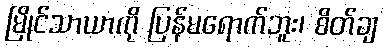
မြိုင်သာယာကို ပြန်မရောက်ဘူး၊ စိတ်ချ